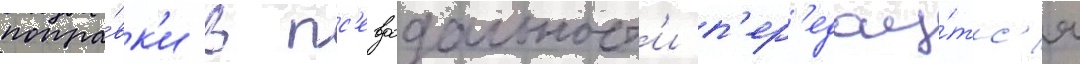
попра́вк'и в пс'евдодальност'и п'ер'едау́тс'я